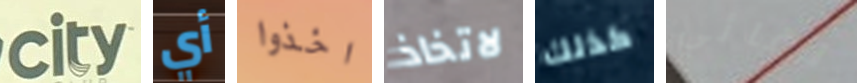
city أي اخذوا لاتخاذ كذلك لقائي